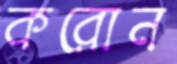
করোন